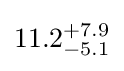
11.2_{-5.1}^{+7.9}